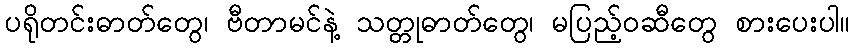
ပရိုတင်းဓာတ်တွေ၊ ဗီတာမင်နဲ့ သတ္တုဓာတ်တွေ၊ မပြည့်ဝဆီတွေ စားပေးပါ။